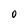
Character: O